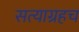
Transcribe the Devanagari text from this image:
सत्याग्रहच